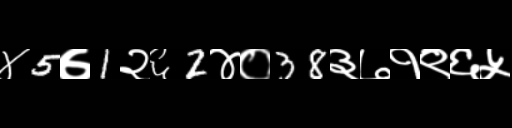
Text: ४5७1२६2४०38३७१९६५